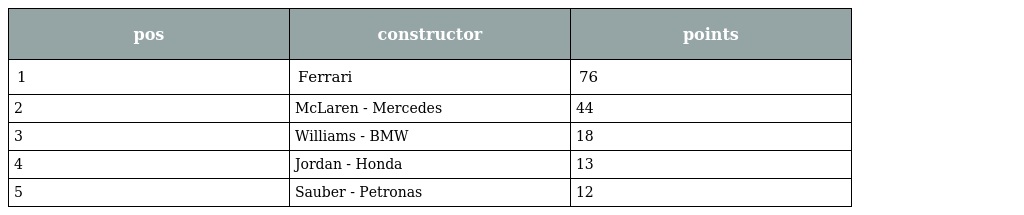
| pos | constructor | points |
 | --- | --- | --- |
 | 1 | Ferrari | 76 |
 | 2 | McLaren - Mercedes | 44 |
 | 3 | Williams - BMW | 18 |
 | 4 | Jordan - Honda | 13 |
 | 5 | Sauber - Petronas | 12 |